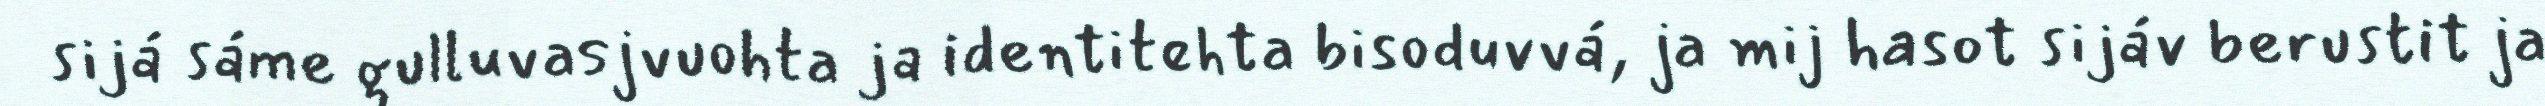
sijá sáme gulluvasjvuohta ja identitehta bisoduvvá, ja mij hasot sijáv berustit ja